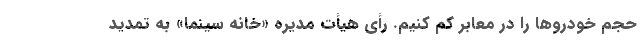
حجم خودرو‌ها را در معابر کم کنیم. رأی هیأت مدیره «خانه سینما» به تمدید